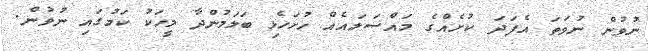
ނުވުން ނުވަތަ އެފަދަ ކުށެއްގެ މައްސަލައެއް ހުށަހެޅި ބަލަމުންދާ މީހަކު ކަމުގައި ނުވުން.